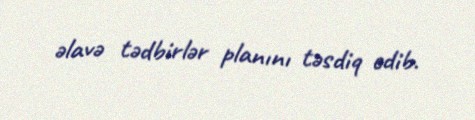
əlavə tədbirlər planını təsdiq edib.